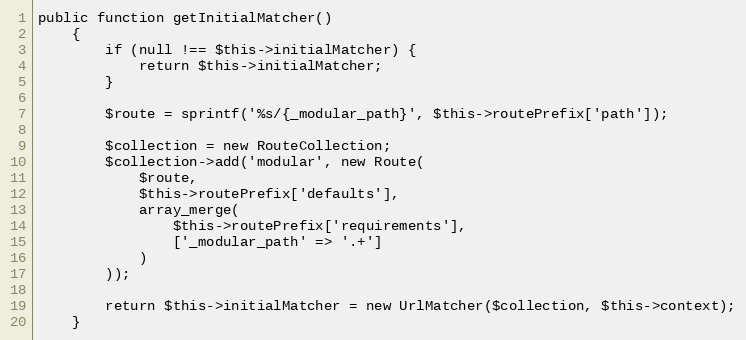
Language: PHP
public function getInitialMatcher()
    {
        if (null !== $this->initialMatcher) {
            return $this->initialMatcher;
        }

        $route = sprintf('%s/{_modular_path}', $this->routePrefix['path']);

        $collection = new RouteCollection;
        $collection->add('modular', new Route(
            $route,
            $this->routePrefix['defaults'],
            array_merge(
                $this->routePrefix['requirements'],
                ['_modular_path' => '.+']
            )
        ));

        return $this->initialMatcher = new UrlMatcher($collection, $this->context);
    }